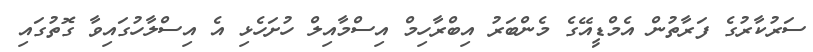
ސަރުކާރުގެ ފަރާތުން އެމްޑީއޭގެ މެންބަރު އިބްރާހިމް އިސްމާއިލް ހުށަހެޅި އެ އިސްލާހުގައިވާ ގޮތުގައި